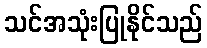
သင်အသုံးပြုနိုင်သည်